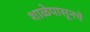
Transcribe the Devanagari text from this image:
शाळेपासूनचे